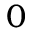
0